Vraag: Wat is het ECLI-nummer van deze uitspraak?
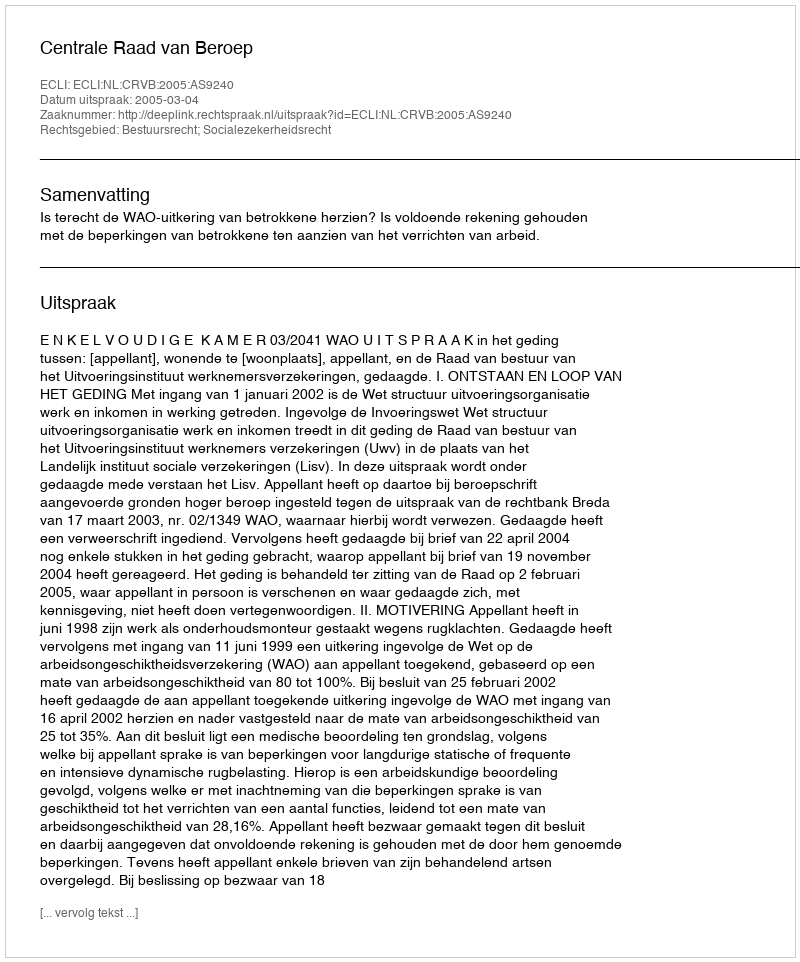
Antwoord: ECLI:NL:CRVB:2005:AS9240